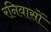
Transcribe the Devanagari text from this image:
रनिवासों